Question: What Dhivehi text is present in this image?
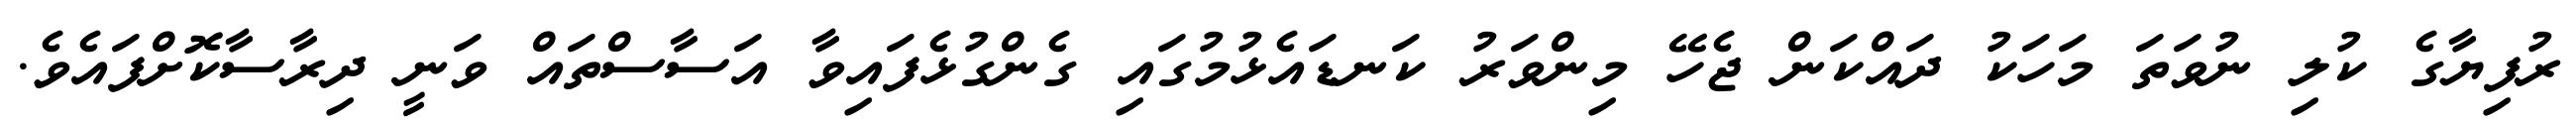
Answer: ރުފިޔާގެ ކުލި ނުވަތަ މަހަކު ދައްކަން ޖެހޭ މިންވަރު ކަނޑައެޅުމުގައި ގެންގުޅެފައިވާ އަސާސްތައް ވަނީ ދިރާސާކޮށްފައެވެ.